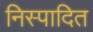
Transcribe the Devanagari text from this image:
निस्पादित